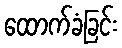
ထောက်ခံခြင်း